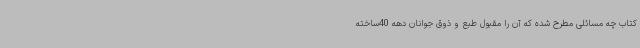
کتاب چه مسائلی مطرح شده که آن را مقبول طبع و ذوق جوانان دهه 40ساخته